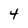
Character: 4